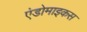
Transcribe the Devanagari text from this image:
एंडोमाइकस